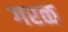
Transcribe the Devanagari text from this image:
गरळ